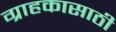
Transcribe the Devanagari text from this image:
ग्राहकासाठी